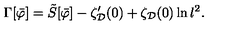
\Gamma [ \bar { \varphi } ] = \tilde { S } [ \bar { \varphi } ] - \zeta _ { \cal D } ^ { \prime } ( 0 ) + \zeta _ { \cal D } ( 0 ) \ln l ^ { 2 } .